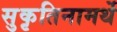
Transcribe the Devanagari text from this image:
सुकृतिनामर्थे